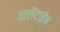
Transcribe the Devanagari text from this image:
व्हलेंटाईन